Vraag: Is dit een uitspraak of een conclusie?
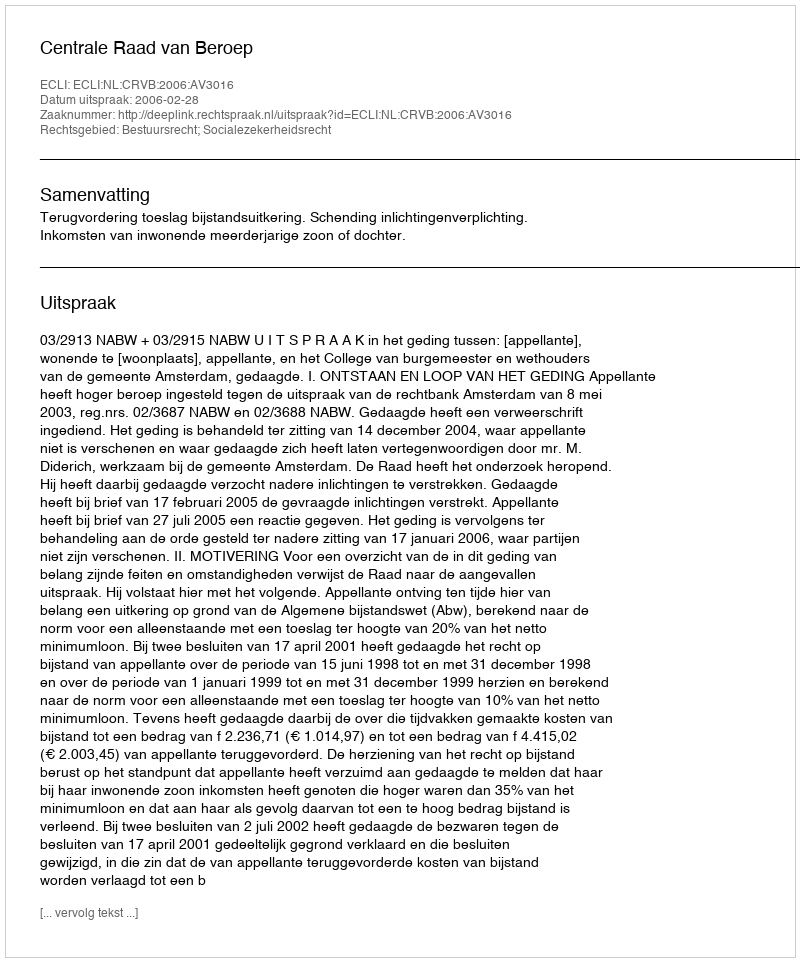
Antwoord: Uitspraak